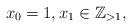
LaTeX: \begin{align*}x_{0}=1,x_{1}\in\mathbb{Z}_{>1},\end{align*}